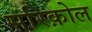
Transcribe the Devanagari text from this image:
सरिक़ोल